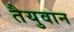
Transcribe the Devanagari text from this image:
तैयुवान